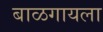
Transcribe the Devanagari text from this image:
बाळगायला